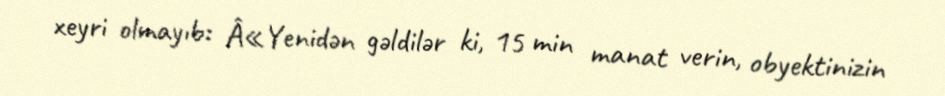
xeyri olmayıb: Â«Yenidən gəldilər ki, 15 min manat verin, obyektinizin